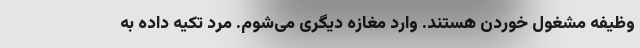
وظیفه مشغول خوردن هستند. وارد مغازه دیگری می‌شوم. مرد تکیه داده به